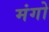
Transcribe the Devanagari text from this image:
मंगो